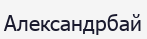
Александрбай